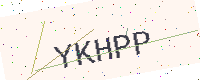
Text: YKHPP